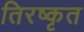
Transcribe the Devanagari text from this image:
तिरष्कृत